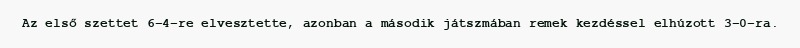
Az első szettet 6–4-re elvesztette, azonban a második játszmában remek kezdéssel elhúzott 3–0-ra.